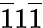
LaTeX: \overline{{1}}1\overline{{1}}